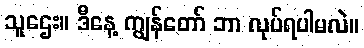
သူဌေး။ ဒီနေ့ ကျွန်တော် ဘာ လုပ်ရပါမလဲ။